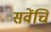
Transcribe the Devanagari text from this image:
सवेंचि